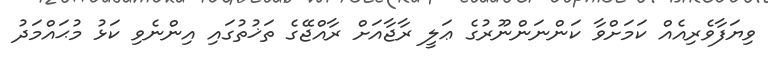
ވިޔަފާވެރިއެއް ކަމަށްވާ ކަންނަންނޫރުގެ ޢަލީ ރާޖާއަށް ރާއްޖޭގެ ތަޚުތުގައި އިންނެވި ކަޅު މުޙައްމަދު